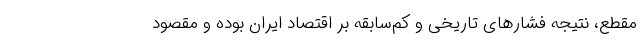
مقطع،‌ نتیجه فشارهای تاریخی و کم‌سابقه بر اقتصاد ایران بوده و مقصود